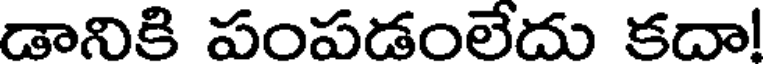
డానికి పంపడంలేదు కదా!